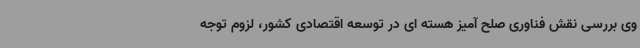
وی بررسی نقش فناوری صلح آمیز هسته ای در توسعه اقتصادی کشور، لزوم توجه